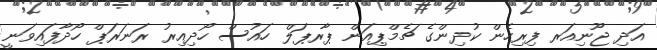
އަދި ޖޫނިއަރ ފިރިހެން ކުދިންގެ ޗެމްޕިއަން ޕާރޕަލް ހައުސް ހޯދިއިރު ރަނަރަޕް ހޯދާފައިވަނީ